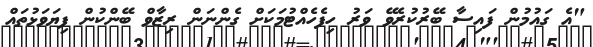
"އެ ގައުމުން ފައިސާ ބޭރުކުރެވޭ ވަރު ހިފެހެއްޓުމަކަށް ގެންނަން ރިޒާވް ބޭންކުން ފިޔަވަޅުތައް